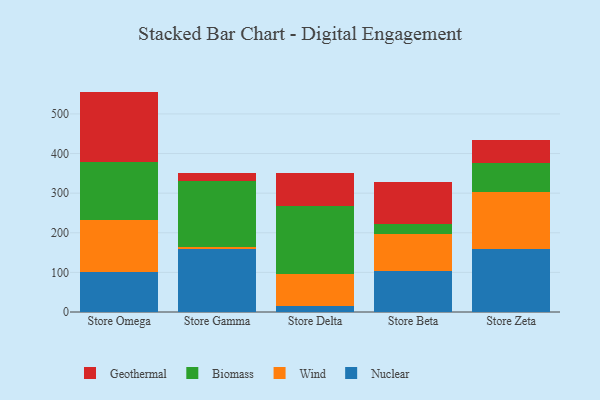
{"axis": {"x": "Store", "y": "Revenue (USD Million)"}, "legend": ["Biomass", "Geothermal", "Nuclear", "Wind"], "data": [{"x": "Store Omega", "y": 101.0, "type": "Nuclear"}, {"x": "Store Omega", "y": 131.9, "type": "Wind"}, {"x": "Store Omega", "y": 147.0, "type": "Biomass"}, {"x": "Store Omega", "y": 176.5, "type": "Geothermal"}, {"x": "Store Gamma", "y": 159.4, "type": "Nuclear"}, {"x": "Store Gamma", "y": 5.8, "type": "Wind"}, {"x": "Store Gamma", "y": 165.9, "type": "Biomass"}, {"x": "Store Gamma", "y": 21.0, "type": "Geothermal"}, {"x": "Store Delta", "y": 15.3, "type": "Nuclear"}, {"x": "Store Delta", "y": 80.6, "type": "Wind"}, {"x": "Store Delta", "y": 171.0, "type": "Biomass"}, {"x": "Store Delta", "y": 83.3, "type": "Geothermal"}, {"x": "Store Beta", "y": 102.5, "type": "Nuclear"}, {"x": "Store Beta", "y": 95.2, "type": "Wind"}, {"x": "Store Beta", "y": 24.3, "type": "Biomass"}, {"x": "Store Beta", "y": 105.7, "type": "Geothermal"}, {"x": "Store Zeta", "y": 157.8, "type": "Nuclear"}, {"x": "Store Zeta", "y": 145.4, "type": "Wind"}, {"x": "Store Zeta", "y": 72.6, "type": "Biomass"}, {"x": "Store Zeta", "y": 58.1, "type": "Geothermal"}]}